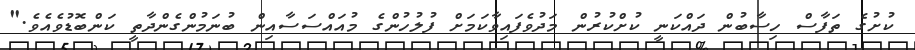
ކުށުގެ ތަފާސް ހިސާބުން ދައްކަނީ ކުށްކުރުން މަދުވެފައިވާކަމަށް ފުލުހުންގެ މުއައްސަސާއިން ބުނަމުންގެންދާތީ ކަންބޮޑުވެއެވެ."